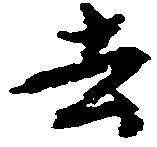
去